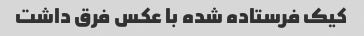
کیک فرستاده شده با عکس فرق داشت